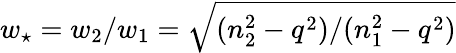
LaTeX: w_{\star}=w_{2}/w_{1}=\sqrt{(n_{2}^{2}-q^{2})/(n_{1}^{2}-q^{2})}